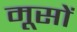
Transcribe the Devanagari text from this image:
मूसों